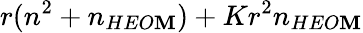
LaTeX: r(n^{2}+n_{HEO\mathbf{M}})+Kr^{2}n_{HEO\mathbf{M}}